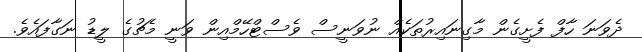
ދެވަނަ ހާފް ފެށީގެން މާގިނައިރުތަކެއް ނުވަނީސް ވެސްޓްހޭމްއިން ވަނީ މެޗުގެ ލީޑު ނަގާފައެވެ.